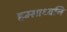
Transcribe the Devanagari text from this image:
हम्साध्वनि